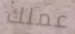
عملك